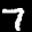
Label: 7